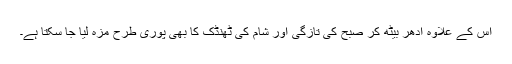
اس کے علاوہ ادھر بیٹھ کر صبح کی تازگی اور شام کی ٹھنڈک کا بھی پوری طرح مزہ لیا جا سکتا ہے۔